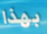
بهذا